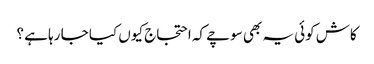
کاش کوئی یہ بھی سوچے کہ احتجاج کیوں کیا جا رہا ہے ؟